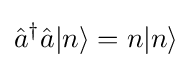
{\hat {a}}^{\dagger }{\hat {a}}|n\rangle =n|n\rangle